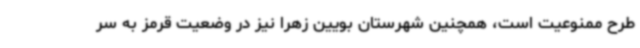
طرح ممنوعیت است، همچنین شهرستان بویین زهرا نیز در وضعیت قرمز به سر